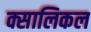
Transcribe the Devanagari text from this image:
क्सालिकल